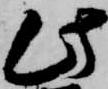
此